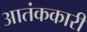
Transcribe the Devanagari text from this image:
आतंककारी